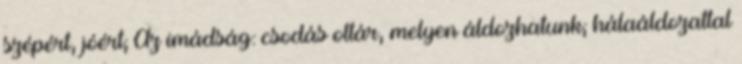
szépért, jóért; Az imádság: csodás oltár, melyen áldozhatunk; hálaáldozattal